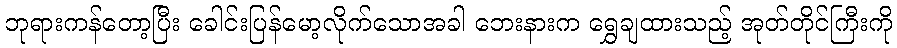
ဘုရားကန်တော့ပြီး ခေါင်းပြန်မော့လိုက်သောအခါ ဘေးနားက ရွှေချထားသည့် အုတ်တိုင်ကြီးကို